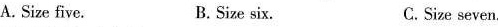
A. Size five. B. Size six. C.Size seven.